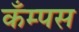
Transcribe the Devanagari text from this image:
कँम्पस